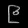
Digit: ၉